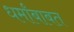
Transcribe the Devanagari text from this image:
धर्मांबाबत